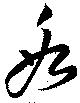
氷